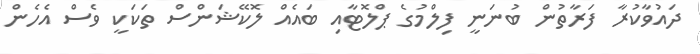
ދައުވާކުރާ ފަރާތުން ބުނަނީ ފިލްމުގެ ޕްލޮޓާއި ބައެއް ލޮކޭޝަންސް ތަކަކީ ވެސް އެހެން